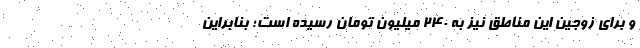
و برای زوجین این مناطق نیز به ۲۴۰ میلیون تومان رسیده است؛ بنابراین